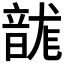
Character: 𮧻